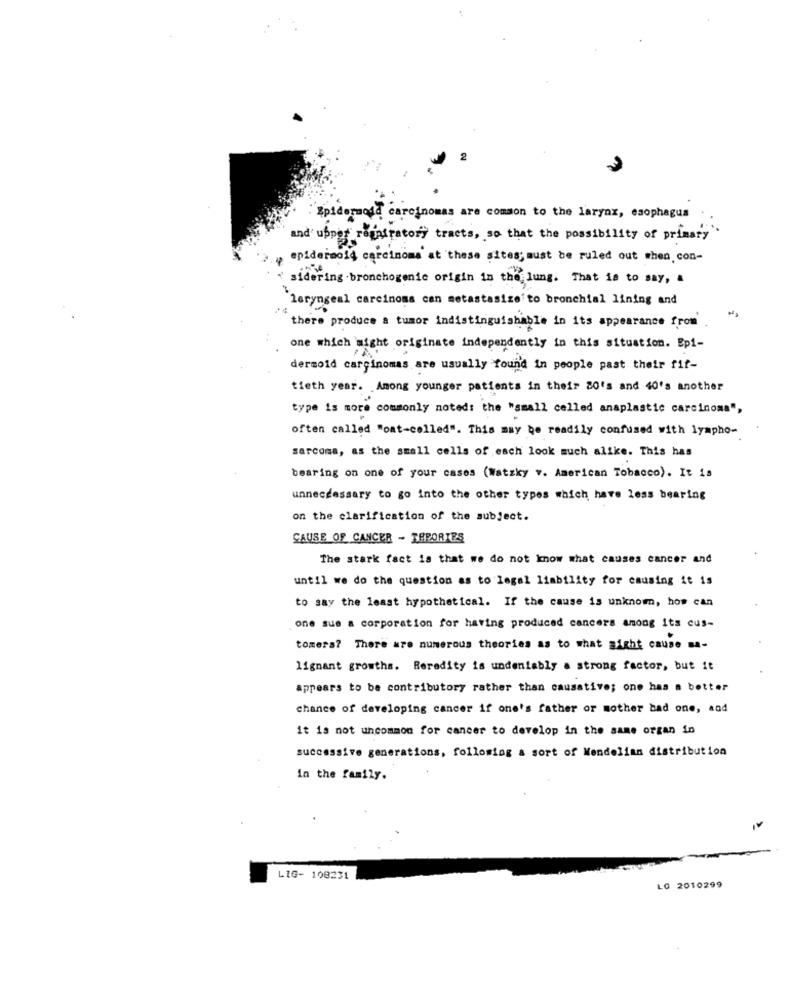
Epidermode carcinomas are common to the larynx, esophagus
and upper reuniratory tracts, so that the possibility of primary
epidermo14 carcinoma' at these sites; must be ruled out when, con-
sidering bronchogenic origin is the lung. That is to say, a
`laryngeal carcinoma can metastasize'to bronchial lining and
there produce a tumor indistinguishable in its appearance from
one which might originate independently in this situation. Epi-
dermoid carcinomas are usually found in people past their fit-
tieth year. Among younger patients in their 80's and 40's another
type is more commonly noted: the "small celled anaplastic carcinoma",
often called "ost-celled". This may be readily confused with lympho-
sarcoma, as the small cells of each look much alike. This has
bearing on one of your cases (Watzky v. American Tobacco). It is
unnecessary to go into the other types which have less bearing
on the clarification of the subject.
CAUSE OF CANCER - TRPORIES
The stark fact is that we do not know what causes cancer and
until we do the question as to legal liability for causing it is
to say the least hypothetical. If the cause is unknown, how can
one sue a corporation for having produced cancers among its cus-
tomers? There are numerous theories as to what might cause ma-
lignant growths. Reredity is undeniably a strong factor, but it
appears to be contributory rather than causative; one has a better
chance of developing cancer if one's father or mother bad one, and
it is not uncommon for cancer to develop in the same organ in
successive generations, following a sort of Mendelian distribution
in the family.
LIG- 108231
LG 2010299